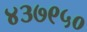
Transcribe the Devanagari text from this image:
४३७९५०